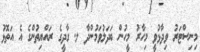
މިނިސްޓަރު ވިދާޅުވީ މިހާރު މީހުން ބަދަލުވަމުންދާ ލ. ގާދީގެ ރައްޔިތުންގެ އެ އަތޮޅު